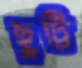
ছুট্টি